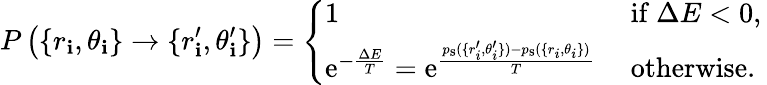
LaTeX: P\left(\{ r_{\mathbf{i}},\theta_{\mathbf{i}}\} \rightarrow\{ r_{\mathbf{i}}^{\prime},\theta_{\mathbf{i}}^{\prime}\} \right)=\left\lbrace\begin{array}{ll}{1}&{\mathrm{~if~}\Delta E<0,}\\ {{\mathrm e}^{-\frac{\Delta E}{T}}={\mathrm e}^{\frac{p_{\mathrm{s}}(\{ r_{i}^{\prime},\theta_{i}^{\prime}\} )-p_{\mathrm{s}}(\{ r_{i},\theta_{i}\} )}{T}}}&{\mathrm{~otherwise.~}}\end{array}\right.